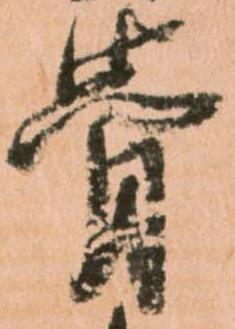
骨